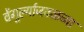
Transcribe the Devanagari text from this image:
वेंगुर्ल्याजवळच्या